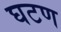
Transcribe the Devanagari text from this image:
घटण